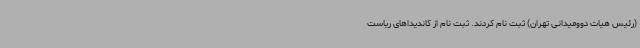
(رئیس هیات دوومیدانی تهران) ثبت نام کردند. ثبت نام از کاندیداهای ریاست